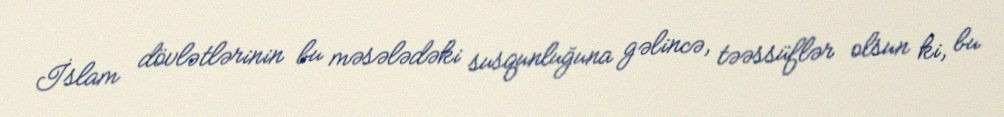
İslam dövlətlərinin bu məsələdəki susqunluğuna gəlincə, təəssüflər olsun ki, bu